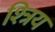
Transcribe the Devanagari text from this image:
श्त्रिय